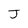
Character: J